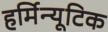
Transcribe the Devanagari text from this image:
हर्मिन्यूटिक